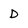
Character: D